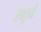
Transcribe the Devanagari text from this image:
सटूर्न